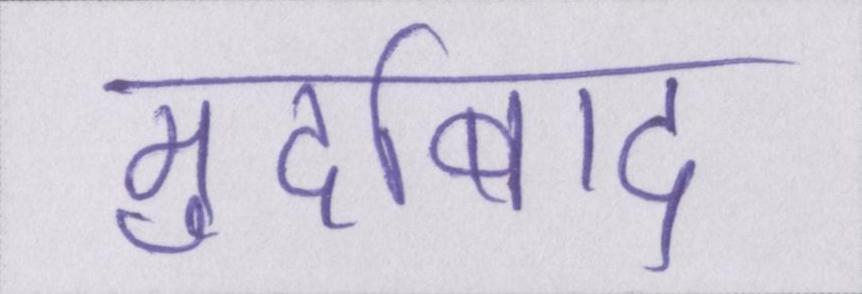
मुर्दाबाद